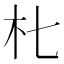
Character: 𱢾